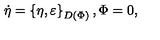
\dot { \eta } = \left\{ \eta , \varepsilon \right\} _ { D ( \Phi ) } , \Phi = 0 ,